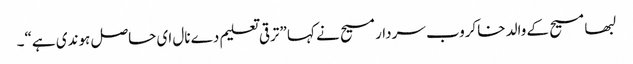
لبھا مسیح کے والد خاکروب سردار مسیح نے کہا ”ترقی تعلیم دے نال ای حاصل ہوندی ہے“۔